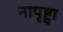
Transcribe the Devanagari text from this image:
नापृष्ट्वा